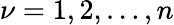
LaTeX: \nu=1,2,\ldots,n